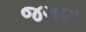
જગણ